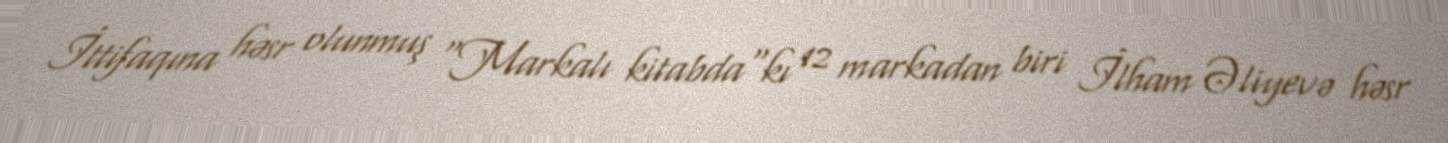
İttifaqına həsr olunmuş "Markalı kitabda"kı 12 markadan biri İlham Əliyevə həsr